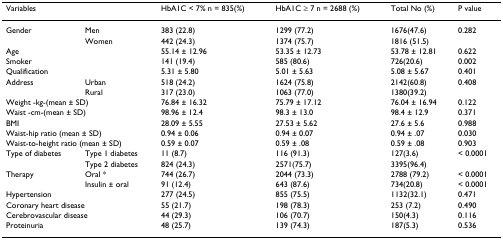
<table><thead><tr><td colspan="2"><b>Variables</b></td><td><b>HbA1C &lt; 7% n = 835(%)</b></td><td><b>HbA1C ≥ 7 n = 2688 (%)</b></td><td><b>Total No (%)</b></td><td><b>P value</b></td></tr></thead><tbody><tr><td>Gender</td><td>Men</td><td>383 (22.8)</td><td>1299 (77.2)</td><td>1676(47.6)</td><td>0.282</td></tr><tr><td></td><td>Women</td><td>442 (24.3)</td><td>1374 (75.7)</td><td>1816 (51.5)</td><td></td></tr><tr><td colspan="2">Age</td><td>55.14 ± 12.96</td><td>53.35 ± 12.73</td><td>53.78 ± 12.81</td><td>0.622</td></tr><tr><td colspan="2">Smoker</td><td>141 (19.4)</td><td>585 (80.6)</td><td>726(20.6)</td><td>0.002</td></tr><tr><td colspan="2">Qualification</td><td>5.31 ± 5.80</td><td>5.01 ± 5.63</td><td>5.08 ± 5.67</td><td>0.401</td></tr><tr><td>Address</td><td>Urban</td><td>518 (24.2)</td><td>1624 (75.8)</td><td>2142(60.8)</td><td>0.408</td></tr><tr><td></td><td>Rural</td><td>317 (23.0)</td><td>1063 (77.0)</td><td>1380(39.2)</td><td></td></tr><tr><td colspan="2">Weight -kg-(mean ± SD)</td><td>76.84 ± 16.32</td><td>75.79 ± 17.12</td><td>76.04 ± 16.94</td><td>0.122</td></tr><tr><td colspan="2">Waist -cm-(mean ± SD)</td><td>98.96 ± 12.4</td><td>98.3 ± 13.0</td><td>98.4 ± 12.9</td><td>0.371</td></tr><tr><td colspan="2">BMI</td><td>28.09 ± 5.55</td><td>27.53 ± 5.62</td><td>27.6 ± 5.6</td><td>0.988</td></tr><tr><td colspan="2">Waist-hip ratio (mean ± SD)</td><td>0.94 ± 0.06</td><td>0.94 ± 0.07</td><td>0.94 ± .07</td><td>0.030</td></tr><tr><td colspan="2">Waist-to-height ratio (mean ± SD)</td><td>0.59 ± 0.07</td><td>0.59 ± .08</td><td>0.59 ± .08</td><td>0.903</td></tr><tr><td>Type of diabetes</td><td>Type 1 diabetes</td><td>11 (8.7)</td><td>116 (91.3)</td><td>127(3.6)</td><td>&lt; 0.0001</td></tr><tr><td></td><td>Type 2 diabetes</td><td>824 (24.3)</td><td>2571(75.7)</td><td>3395(96.4)</td><td></td></tr><tr><td>Therapy</td><td>Oral *</td><td>744 (26.7)</td><td>2044 (73.3)</td><td>2788 (79.2)</td><td>&lt; 0.0001</td></tr><tr><td></td><td>Insulin ± oral</td><td>91 (12.4)</td><td>643 (87.6)</td><td>734(20.8)</td><td>&lt; 0.0001</td></tr><tr><td colspan="2">Hypertension</td><td>277 (24.5)</td><td>855 (75.5)</td><td>1132(32.1)</td><td>0.471</td></tr><tr><td colspan="2">Coronary heart disease</td><td>55 (21.7)</td><td>198 (78.3)</td><td>253 (7.2)</td><td>0.490</td></tr><tr><td colspan="2">Cerebrovascular disease</td><td>44 (29.3)</td><td>106 (70.7)</td><td>150(4.3)</td><td>0.116</td></tr><tr><td colspan="2">Proteinuria</td><td>48 (25.7)</td><td>139 (74.3)</td><td>187(5.3)</td><td>0.536</td></tr></tbody></table>